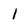
Character: 1